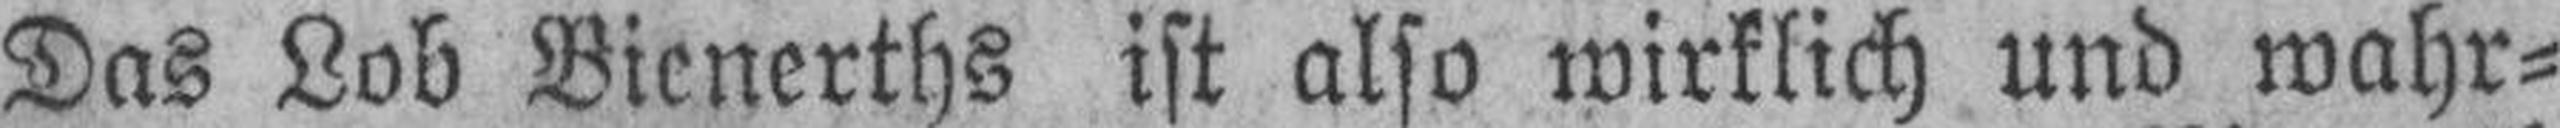
Das Lob Bienerths ist also wirklich und wahr¬